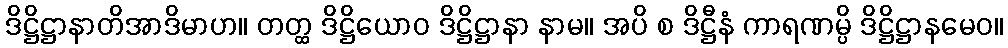
ဒိဋ္ဌိဋ္ဌာနာတိအာဒိမာဟ။ တတ္ထ ဒိဋ္ဌိယောဝ ဒိဋ္ဌိဋ္ဌာနာ နာမ။ အပိ စ ဒိဋ္ဌီနံ ကာရဏမ္ပိ ဒိဋ္ဌိဋ္ဌာနမေဝ။